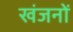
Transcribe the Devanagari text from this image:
खंजनों